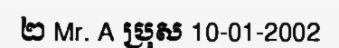
២ Mr. A ប្រុស 10-01-2002